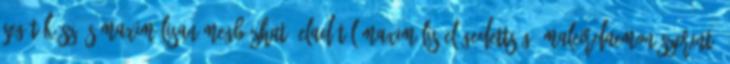
segítőkész és maximálisan megbízható eladótól Maximális elégedettség. maleirdaemon szerint: